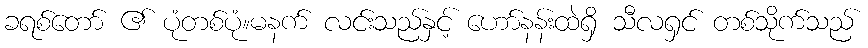
ခရစ်တော် ၏ ပုံတစ်ပုံ။မနက် လင်းသည်နှင့် ဟော်နန်းထဲရှိ သီလရှင် တစ်သိုက်သည်